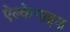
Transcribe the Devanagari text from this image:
ऐल्केनाइड